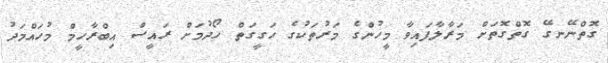
ގޮތްނޭނގޭ ގޮތްގޮތަށް މަރާލާފައިވާ މީހުންގެ މަރުތަކުގެ ހަގީގަތް ހޯދުމަށް ރައީސް އިބްރާހީމް މުހައްމަދު